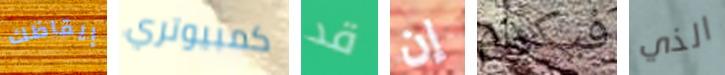
إيقاظك كمبيوتري قد إن فيكرام الذي